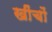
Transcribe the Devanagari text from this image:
खींचों